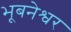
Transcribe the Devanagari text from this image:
भूबनेश्वर